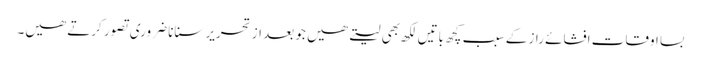
بسا اوقات افشائے راز کے سبب کچھ باتیں لکھ بھی لیتے ھیں جو بعد از تحریر سنانا ضروری تصور کرتے ھیں۔